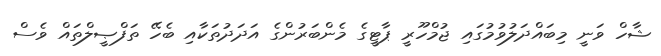
ޝާހް ވަނީ މިބައްދަލުވުމުގައި ޖުމްހޫރީ ޕާޓީގެ މެންބަރުންގެ އަދަދުތަކާއި ބެހޭ ތަފްޞީލްތައް ވެސް